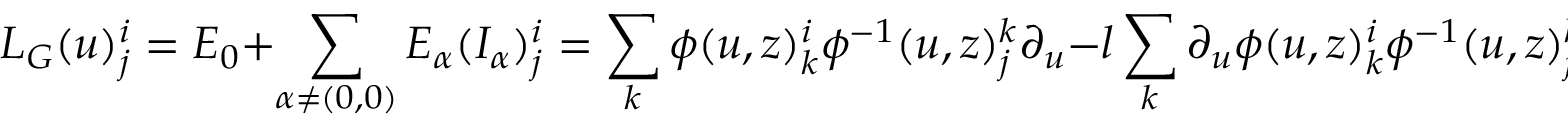
L _ { G } ( u ) _ { j } ^ { i } = E _ { 0 } + \sum _ { \alpha \neq ( 0 , 0 ) } E _ { \alpha } ( I _ { \alpha } ) _ { j } ^ { i } = \sum _ { k } \phi ( u , z ) _ { k } ^ { i } \phi ^ { - 1 } ( u , z ) _ { j } ^ { k } \partial _ { u } - l \sum _ { k } \partial _ { u } \phi ( u , z ) _ { k } ^ { i } \phi ^ { - 1 } ( u , z ) _ { j } ^ { k } ,